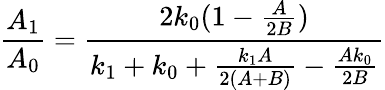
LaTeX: \frac{A_{1}}{A_{0}}=\frac{2k_{0}(1-\frac{A}{2B})}{k_{1}+k_{0}+\frac{k_{1}A}{2(A+B)}-\frac{Ak_{0}}{2B}}